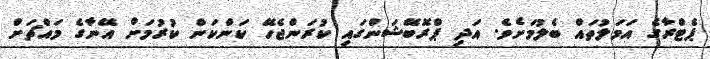
ޕެޓްރާގެ އަމަލުތައް ބެލުމަށެވެ. އަދި ޕްރޮބޭޝަންގައި ކުރަންޖެހޭ ކަންކަން ކުރުމަށް އޭނާގެ މައްޗަށް